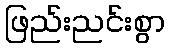
ဖြည်းညင်းစွာ